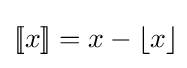
[\![x]\!]=x-\left\lfloor x\right\rfloor \!